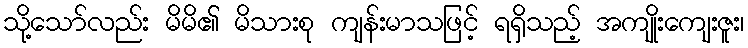
သို့သော်လည်း မိမိ၏ မိသားစု ကျန်းမာသဖြင့် ရရှိသည့် အကျိုးကျေးဇူး၊